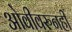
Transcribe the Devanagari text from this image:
ओवीवरुनही